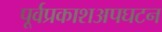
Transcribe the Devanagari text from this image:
पूर्वप्रकाशअपघटन